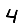
Digit: 4